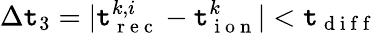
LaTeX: \Delta\mathtt{t}_{3}=|\mathtt{t}_{\mathrm{{~r~e~c~}}}^{k,i}-\mathtt{t}_{\mathrm{{~i~o~n~}}}^{k}|<\mathtt{t}_{\mathrm{{~d~i~f~f~}}}